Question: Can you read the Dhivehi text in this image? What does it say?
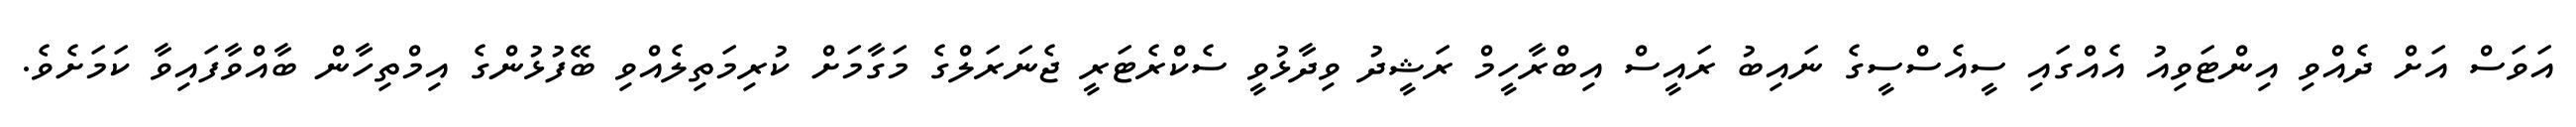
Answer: އަވަސް އަށް ދެއްވި އިންޓަވިއު އެއްގައި ސީއެސްސީގެ ނައިބު ރައީސް އިބްރާހީމް ރަޝީދު ވިދާޅުވީ ސެކްރެޓަރީ ޖެނަރަލްގެ މަގާމަށް ކުރިމަތިލެއްވި ބޭފުޅުންގެ އިމްތިހާން ބާއްވާފައިވާ ކަމަށެވެ.